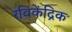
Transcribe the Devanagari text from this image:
रविकेंद्रिक